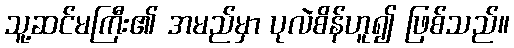
သူ့ဆင်မကြီး၏ အမည်မှာ ပုလဲစိန်ဟူ၍ ဖြစ်သည်။